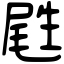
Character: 𡲥